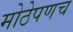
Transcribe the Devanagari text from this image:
मोठेपणच